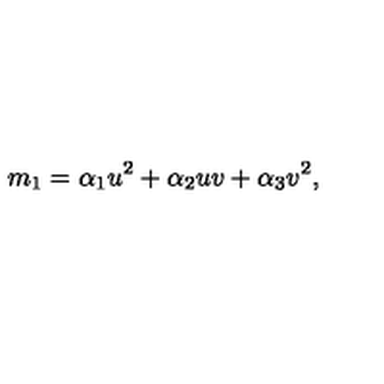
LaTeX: m _ { 1 } = \alpha _ { 1 } u ^ { 2 } + \alpha _ { 2 } u v + \alpha _ { 3 } v ^ { 2 } ,